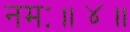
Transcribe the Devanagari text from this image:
नमः॥४॥